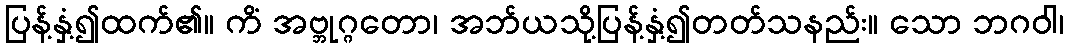
ပြန့်နှံ့၍ထက်၏။ ကိံ အဗ္ဘုဂ္ဂတော၊ အဘ်ယသို့ပြန့်နှံ့၍တတ်သနည်း။ သော ဘဂဝါ၊